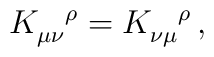
K_{\mu\nu}^{\ \ \,\rho}=K_{\nu\mu}^{\ \ \,\rho}\, ,